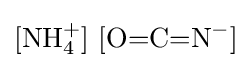
{[\mathrm {NH} {\vphantom {A}}_{\smash[{t}]{4}}^{+}]~[\mathrm {O} {=}\mathrm {C} {=}\mathrm {N} {\vphantom {A}}^{-}]}